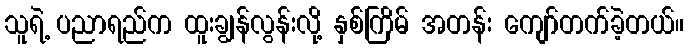
သူရဲ့ ပညာရည်က ထူးချွန်လွန်းလို့ နှစ်ကြိမ် အတန်း ကျော်တက်ခဲ့တယ်။